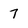
Character: 7